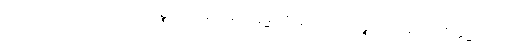
တစ်ပေါင်းတည်းပြု၍။ ဝိညာဏဉ္စာယတနံသမတိက္ကမ္မာတိဣဒံ၊ ဝိညာဏဉ္စာယတနံသမတိက္ကမ္မဟူသော